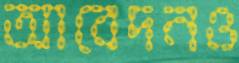
আবেদনও